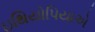
ઇથિયોપિયાએ